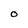
Character: O